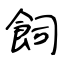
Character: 飼